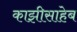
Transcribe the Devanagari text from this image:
काझीसाहेब